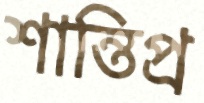
শান্তিপ্র